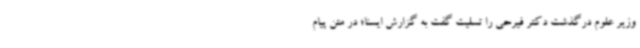
وزیر علوم درگذشت دکتر فیرحی را تسلیت گفت به گزارش ایسنا؛ در متن پیام